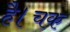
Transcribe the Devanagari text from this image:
है।चक